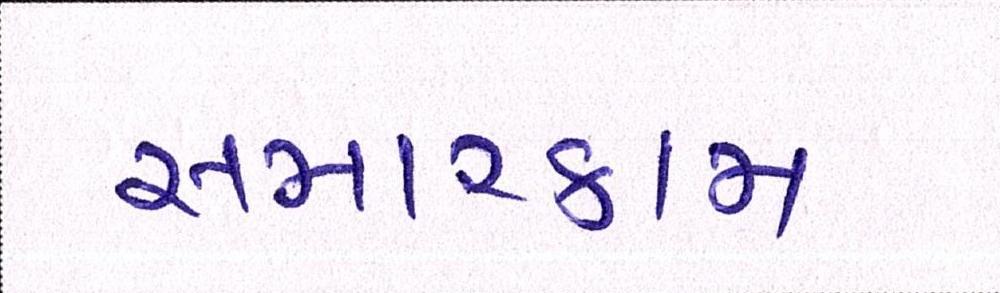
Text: સમારકામ